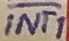
Text: INT1